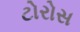
ટોરોસ